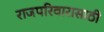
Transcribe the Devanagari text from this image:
राजपरिवारासाठी